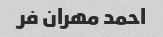
احمد مهران فر